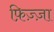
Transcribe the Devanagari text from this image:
फ़िज़्ज़ा